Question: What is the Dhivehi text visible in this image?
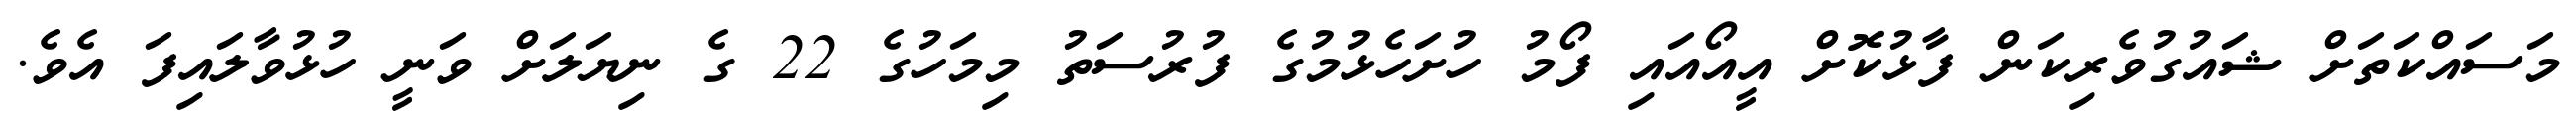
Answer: މަސައްކަތަށް ޝައުގުވެރިކަން ފާޅުކޮށް އީއޯއައި ފޯމު ހުށަހެޅުމުގެ ފުރުސަތު މިމަހުގެ 22 ގެ ނިޔަލަށް ވަނީ ހުޅުވާލައިފަ އެވެ.